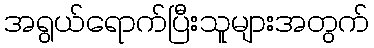
အရွယ်ရောက်ပြီးသူများအတွက်